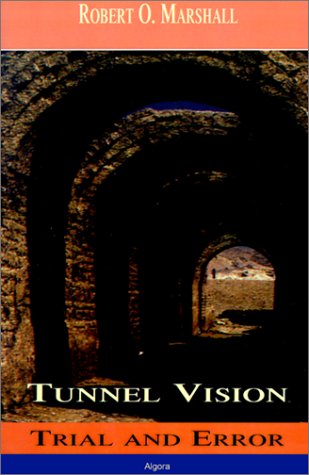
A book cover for Tunnel Vision: Trial & Error; Robert Marshall; Law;